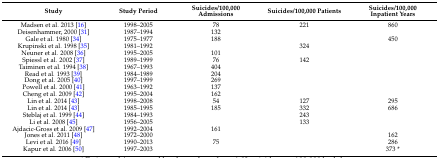
<table><thead><tr><td><b>Study</b></td><td><b>Study Period</b></td><td><b>Suicides/100,000 Admissions</b></td><td><b>Suicides/100,000 Patients</b></td><td><b>Suicides/100,000 Inpatient Years</b></td></tr></thead><tbody><tr><td>Madsen et al. 2013 [16]</td><td>1998–2005</td><td>78</td><td>221</td><td>860</td></tr><tr><td>Deisenhammer, 2000 [31]</td><td>1987–1994</td><td>132</td><td></td><td></td></tr><tr><td>Gale et al. 1980 [34]</td><td>1975–1977</td><td>188</td><td></td><td>450</td></tr><tr><td>Krupinski et al. 1998 [35]</td><td>1981–1992</td><td></td><td>324</td><td></td></tr><tr><td>Neuner et al. 2008 [36]</td><td>1995–2005</td><td>101</td><td></td><td></td></tr><tr><td>Spiessl et al. 2002 [37]</td><td>1989–1999</td><td>76</td><td>142</td><td></td></tr><tr><td>Taiminen et al. 1994 [38]</td><td>1967–1993</td><td>404</td><td></td><td></td></tr><tr><td>Read et al. 1993 [39]</td><td>1984–1989</td><td>204</td><td></td><td></td></tr><tr><td>Dong et al. 2005 [40]</td><td>1997–1999</td><td>269</td><td></td><td></td></tr><tr><td>Powell et al. 2000 [41]</td><td>1963–1992</td><td>137</td><td></td><td></td></tr><tr><td>Cheng et al. 2009 [42]</td><td>1995–2004</td><td>162</td><td></td><td></td></tr><tr><td>Lin et al. 2014 [43]</td><td>1998–2008</td><td>54</td><td>127</td><td>295</td></tr><tr><td>Lin et al. 2014 [43]</td><td>1985–1995</td><td>185</td><td>332</td><td>686</td></tr><tr><td>Steblaj et al. 1999 [44]</td><td>1984–1993</td><td></td><td>243</td><td></td></tr><tr><td>Li et al. 2008 [45]</td><td>1956–2005</td><td></td><td>133</td><td></td></tr><tr><td>Ajdacic-Gross et al. 2009 [47]</td><td>1992–2004</td><td>161</td><td></td><td></td></tr><tr><td>Jones et al. 2011 [48]</td><td>1972–2000</td><td></td><td></td><td>162</td></tr><tr><td>Levi et al. 2016 [49]</td><td>1990–2013</td><td>75</td><td></td><td>286</td></tr><tr><td>Kapur et al. 2006 [50]</td><td>1997–2003</td><td></td><td></td><td>373 *</td></tr></tbody></table>